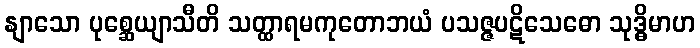
နျာသော ပုစ္ဆေယျာသီတိ သတ္ထာရမကုတောဘယံ ပသဇ္ဇပဋိသေဓော သုဒ္ဓိမာဟ